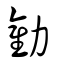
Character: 勸